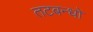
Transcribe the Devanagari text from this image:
तटबन्धों